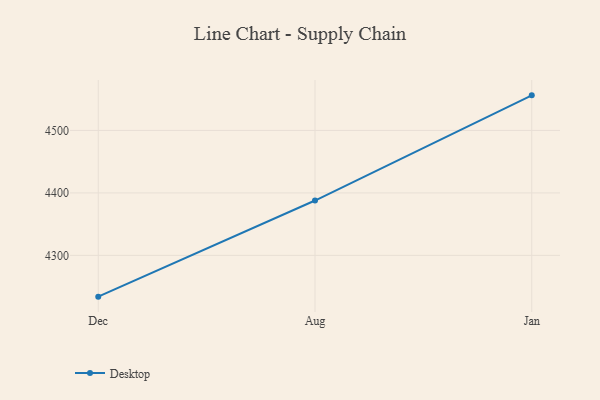
{"axis": {"x": "Month", "y": "Inventory Turnover"}, "legend": ["Desktop"], "data": [{"x": "Dec", "y": 4233.9, "type": "Desktop"}, {"x": "Aug", "y": 4387.8, "type": "Desktop"}, {"x": "Jan", "y": 4556.2, "type": "Desktop"}]}